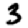
Digit: 3